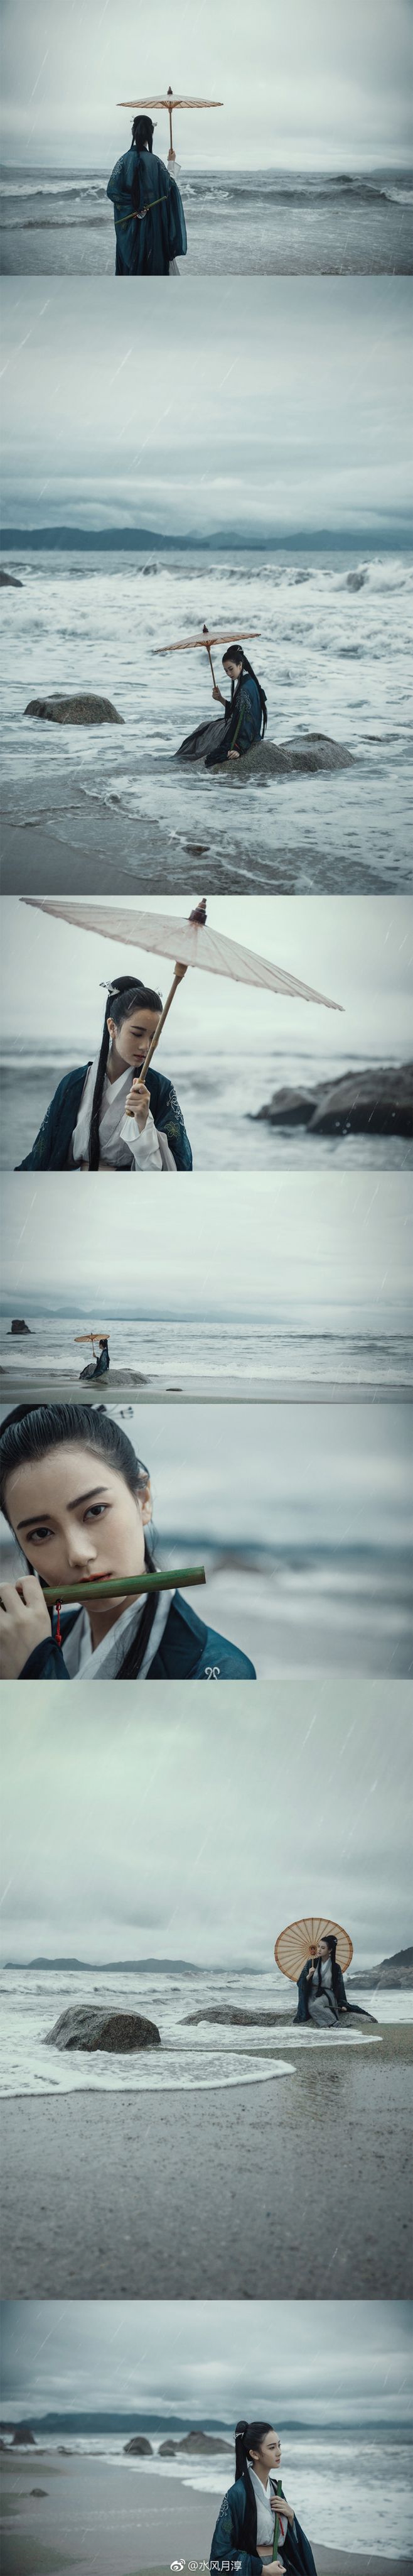
借问江潮与海水，何似君情与妾心？